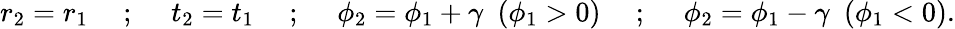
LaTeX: r_{2}=r_{1}~~~~~;~~~~~t_{2}=t_{1}~~~~~;~~~~~\phi_{2}=\phi_{1}+\gamma~~(\phi_{1}>0)~~~~~;~~~~~\phi_{2}=\phi_{1}-\gamma~~(\phi_{1}<0).